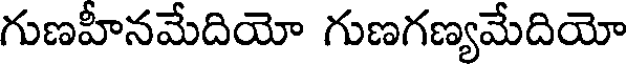
గుణహీనమేదియో గుణగణ్యమేదియో